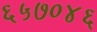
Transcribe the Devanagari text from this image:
६५७०४६